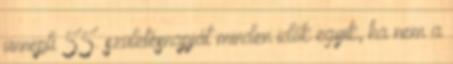
ünnepli 55. születésnapját minden idők egyik, ha nem a